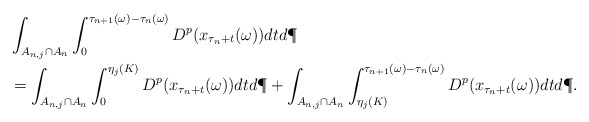
\begin{align*} &\int_{A_{n,j} \cap A_n} \int_0^{\tau_{n+1}(\omega) - \tau_n(\omega)} D^p(x_{\tau_n +t}(\omega)) dt d\P \\ & = \int_{A_{n,j} \cap A_n}\int_0^{\eta_j(K)} D^p(x_{\tau_n +t}(\omega))dt d\P + \int_{A_{n,j} \cap A_n}\int_{\eta_j(K)}^{\tau_{n+1}(\omega) - \tau_n(\omega)} D^p(x_{\tau_n +t}(\omega))dt d\P. \end{align*}